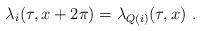
LaTeX: \begin{align*} \lambda_i(\tau,x+2\pi) = \lambda_{Q(i)}(\tau,x)~.\end{align*}